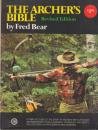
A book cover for The Archer's Bible; Fred Bear; Sports & Outdoors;